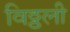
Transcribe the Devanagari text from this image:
विठ्ठली